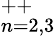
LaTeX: ^{++}_{n=2,3}